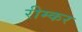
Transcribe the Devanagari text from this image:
रीम्कर